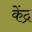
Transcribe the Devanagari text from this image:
केंद्र